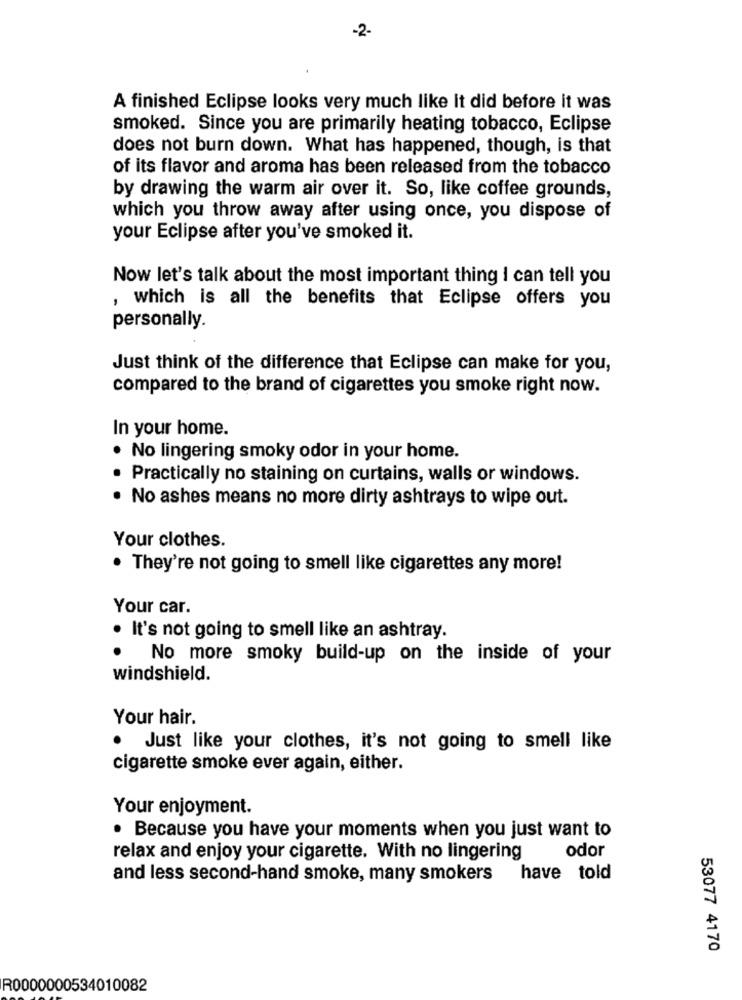
-2-
A finished Eclipse looks very much like it did before it was
smoked. Since you are primarily heating tobacco, Eclipse
does not burn down. What has happened, though, is that
of its flavor and aroma has been released from the tobacco
by drawing the warm air over it. So, like coffee grounds,
which you throw away after using once, you dispose of
your Eclipse after you've smoked it.
Now let's talk about the most important thing I can tell you
, which is all the benefits that Eclipse offers you
personally.
Just think of the difference that Eclipse can make for you,
compared to the brand of cigarettes you smoke right now.
In your home.
. No lingering smoky odor in your home.
Practically no staining on curtains, walls or windows.
No ashes means no more dirty ashtrays to wipe out.
Your clothes.
. They're not going to smell like cigarettes any more!
Your car.
. It's not going to smell like an ashtray.
.
No more smoky build-up on the inside of your
windshield.
Your hair.
.
Just like your clothes, it's not going to smell like
cigarette smoke ever again, either.
Your enjoyment.
. Because you have your moments when you just want to
odor
relax and enjoy your cigarette. With no lingering
and less second-hand smoke, many smokers
have told
53077 4170
R0000000534010082